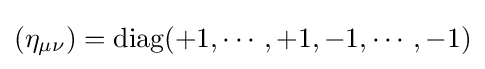
(\eta _{\mu \nu })={\text{diag}}(+1,\cdots ,+1,-1,\cdots ,-1)